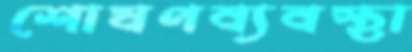
শোষণব্যবস্থা